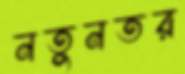
নতুনতর